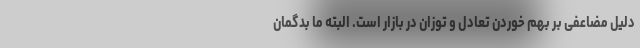
دلیل مضاعفی بر بهم خوردن تعادل و توزان در بازار است. البته ما بدگمان